Lunatic asylums in Bengal annual reports 1899-1911 - 1899-1911
Year: 1899
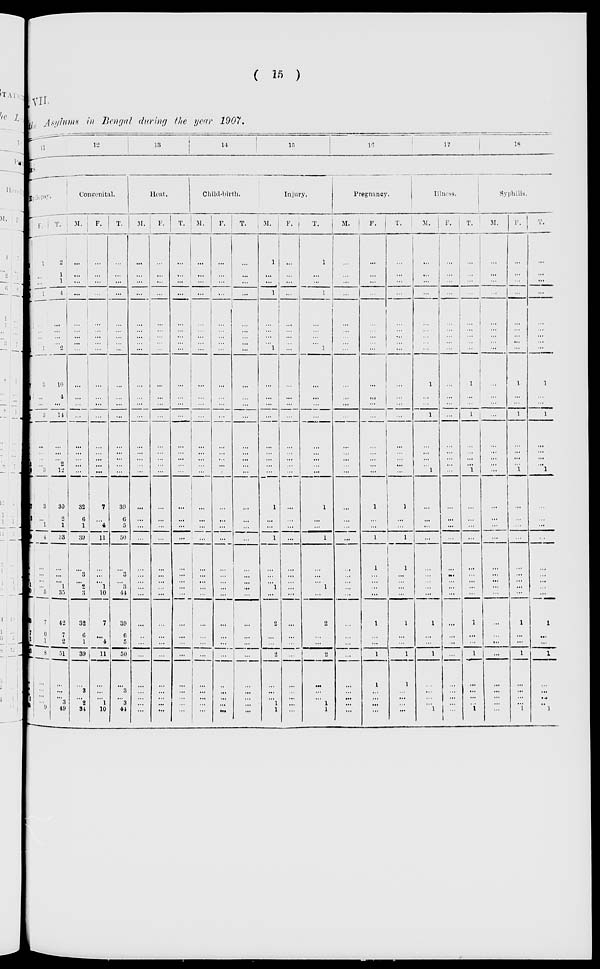
( 15 )
VII.
the Asylums in Bengal during the year 1907.
11
12
13
14
15
16
17
18
DISEASES.
Epilepsy.
M.
1
1
1
3
...
...
...
...
1
7
4
...
11
...
...
...
2
9
27
2
...
29
...
...
... 1
30
35
7
1
43
...
... ...
3
40
F.
1
...
...
1
...
... ... ... 1
3
...
...
3
...
... ... ...
3
3
...
1
4
...
...
...
... 5
7
0
1
8
...
...
... ... 9
T.
2
1
1
4
...
... ...
... 2
10
4
...
14
...
... ...
2
12
30
2
1
33
...
...
...
1
35
42
7
2
51
...
...
...
3
49
Congenital.
M.
...
...
...
...
...
...
...
...
...
...
...
...
...
...
...
... ...
...
32
6
1
39
...
3
... 2
3
32
6
1
39
...
3
...
2
34
F.
...
...
...
...
...
... ...
...
...
...
...
...
...
...
...
...
...
...
7
...
4
11
...
...
... 1
10
7
... 4
11
...
...
...
1
10
T.
...
...
...
...
...
... ...
... ...
...
...
...
...
...
...
...
... ...
39
6
5
50
...
3
... 3
44
39
6
5
50
...
3
...
3
44
Heat.
M.
...
...
...
...
...
...
...
... ...
...
...
...
...
...
...
...
... ...
...
...
...
...
...
...
...
... ...
...
... ...
...
...
...
... ...
...
F.
...
...
...
...
...
... ...
... ...
...
...
...
...
...
... ...
... ...
...
...
...
...
...
...
...
... ...
...
... ...
...
...
...
...
...
...
T.
...
...
...
...
...
...
...
... ...
...
...
...
...
...
... ...
... ...
...
... ...
...
...
...
...
... ...
...
...
...
...
...
...
...
...
...
Child-birth.
M.
...
...
... ...
...
... ...
... ...
...
...
...
...
...
...
...
... ...
...
...
...
...
...
...
...
...
...
...
...
... ...
...
...
...
...
...
F.
...
...
...
...
...
... ...
...
...
...
...
...
...
...
...
...
...
...
...
... ...
...
...
...
...
... ...
...
...
...
...
...
...
...
...
...
T.
...
...
...
...
...
...
... ...
...
...
...
...
...
...
... ...
... ...
...
...
...
...
...
...
...
... ...
...
...
...
...
...
...
...
... ...
Injury.
M.
1
...
...
1
...
...
... ...
1
...
...
...
...
...
...
...
... ...
1
... ...
1
...
...
... 1
...
2
...
...
2
...
...
...
1
1
F.
...
...
...
...
...
... ...
... ...
...
...
...
...
...
... ...
... ...
...
... ...
...
...
...
...
... ...
...
... ...
...
...
... ...
... ...
T.
1
...
...
1
...
...
...
... 1
...
...
...
...
...
...
...
... ...
1
...
...
1
...
...
... 1
...
2
... ...
2
...
...
...
1
1
Pregnancy.
M.
...
...
...
...
...
...
... ...
...
...
...
...
...
...
... ...
... ...
...
... ...
...
...
...
...
... ...
...
...
...
...
...
...
...
... ...
F.
...
...
...
...
...
...
...
...
... ...
...
...
...
...
... ... ... ...
1
... ...
1
1
...
...
... ...
1
... ...
1
1
...
...
... ...
T.
...
...
...
...
...
...
...
... ...
...
...
...
...
...
...
...
...
...
1
... ...
1
1
...
...
... ...
1
...
...
1
1
...
...
...
...
Illness.
M.
...
...
...
...
...
... ...
... ...
1
...
...
1
...
...
...
... 1
...
... ...
...
...
... ... ... ...
1
... ...
1
...
...
... ...
1
F.
...
...
...
...
...
... ...
...
...
...
...
...
...
...
...
...
...
...
...
...
...
...
...
...
... ... ...
...
...
... ...
...
...
...
...
...
T.
...
...
...
...
...
... ... ...
...
1
...
... 1
...
...
...
...
1
...
... ...
...
...
...
...
... ...
1
...
...
1
...
...
...
...
1
Syphilis.
M.
...
...
... ...
...
...
...
... ...
...
...
...
...
...
...
...
...
...
...
...
...
...
...
...
... ...
...
...
...
...
...
...
...
...
...
...
F.
...
...
... ...
...
...
...
...
...
1
...
...
1
...
...
...
... 1
...
...
...
...
...
...
...
...
...
1
...
...
1
...
...
...
...
1
T.
...
...
...
...
...
...
...
... ...
1
...
...
1
...
...
...
...
1
...
... ...
...
...
...
... ... ...
1
...
...
1
...
... ...
... 1